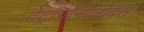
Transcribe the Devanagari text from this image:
टेट्रागोनोलोबस